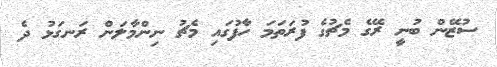
ސުޒޭން ބުނީ ރޭގެ މެޗުގެ ފުރަތަމަ ހާފުގައި މެޗު ނިންމާލަން ރަނގަޅު ދެ